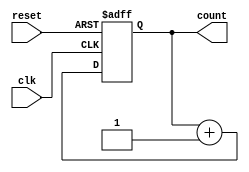
`timescale 1ns/1ps
module counter_12_bit(clk, reset, count);
  input clk, reset;
  output reg [11:0] count;

  always@(posedge clk, posedge reset) begin
    if (reset == 1'b1) 
      count <= 12'b0;
    else 
      count <= count + 1'b1;
  end
endmodule // counter